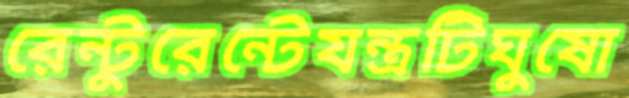
রেন্টুরেন্টেযন্ত্রটিঘুষো